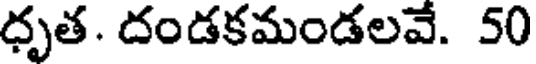
ధృత. దండకమండలవే. 50